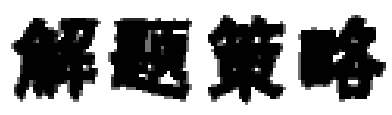
解题策略